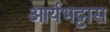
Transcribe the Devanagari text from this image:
आर्यभट्टास